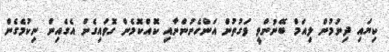
ކިޔައި ދިނުމުން ލިއަމް ބޭނުންވީ ވަގުތުން އަންހެނުންނާއި ކޮއްކޮމެން ގޮވައިގެން އެގެއިން ނިކުމެގެން